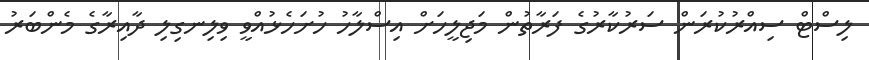
ލިސްޓް ސިއްރުކުރަން ސަރުކާރުގެ ފަރާތުން މަޖިލީހަށް އިސްލާހު ހުށަހެޅުއްވީ ވިލިނގިލި ދާއިރާގެ މެންބަރު